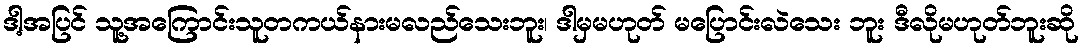
ဒါ့အပြင် သူ့အကြောင်းသူတကယ်နားမလည်သေးဘူး၊ ဒါမှမဟုတ် မပြောင်းလဲသေး ဘူး ဒီလိုမဟုတ်ဘူးဆို